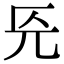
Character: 𭀟